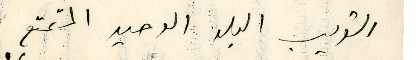
القريب البلد الوحيد المتمتع